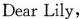
Dear Lily,